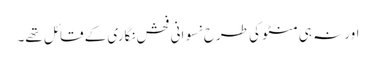
اور نہ ہی منٹو کی طرح نسوانی فحش نگاری کے قائل تھے۔